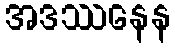
အဒဿနေန